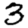
Digit: 3